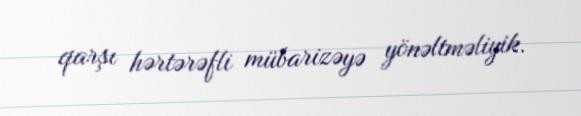
qarşı hərtərəfli mübarizəyə yönəltməliyik.